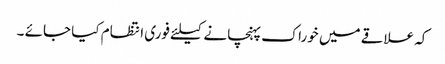
کہ علاقے میں خوراک پہنچانے کیلئے فوری انتظام کیا جائے ۔